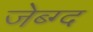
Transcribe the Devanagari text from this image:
जेब्ग्द